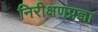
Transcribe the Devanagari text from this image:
निरीक्षणप्रज्ञा